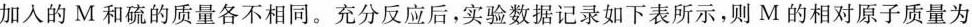
加入的M和硫的质量各不相同。充分反应后，实验数据记录如下表所示，则M的相对原子质量为